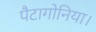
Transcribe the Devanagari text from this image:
पैटागोनिया।